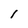
Character: I